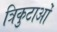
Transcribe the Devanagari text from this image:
त्रिकुटाओं